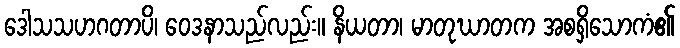
ဒေါသသဟဂတာပိ၊ ဝေဒနာသည်လည်း။ နိယတာ၊ မာတုဃာတက အစရှိသောကံ၏